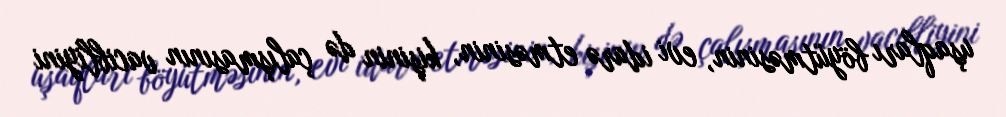
uşaqları böyütməsinin, evi idarə etməsinin, kişinin də çalışmasının vacibliyini